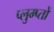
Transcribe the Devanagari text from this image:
प्लुम्प्तों